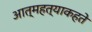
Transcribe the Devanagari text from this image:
आत्महत्याकहते